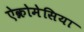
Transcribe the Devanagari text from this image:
ऐक्रोमेसिया